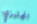
انجليزي